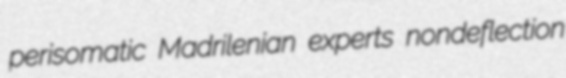
perisomatic Madrilenian experts nondeflection